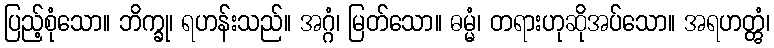
ပြည့်စုံသော။ ဘိက္ခု၊ ရဟန်းသည်။ အဂ္ဂံ၊ မြတ်သော။ ဓမ္မံ၊ တရားဟုဆိုအပ်သော။ အရဟတ္တွံ၊